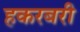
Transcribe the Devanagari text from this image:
हकरबरी